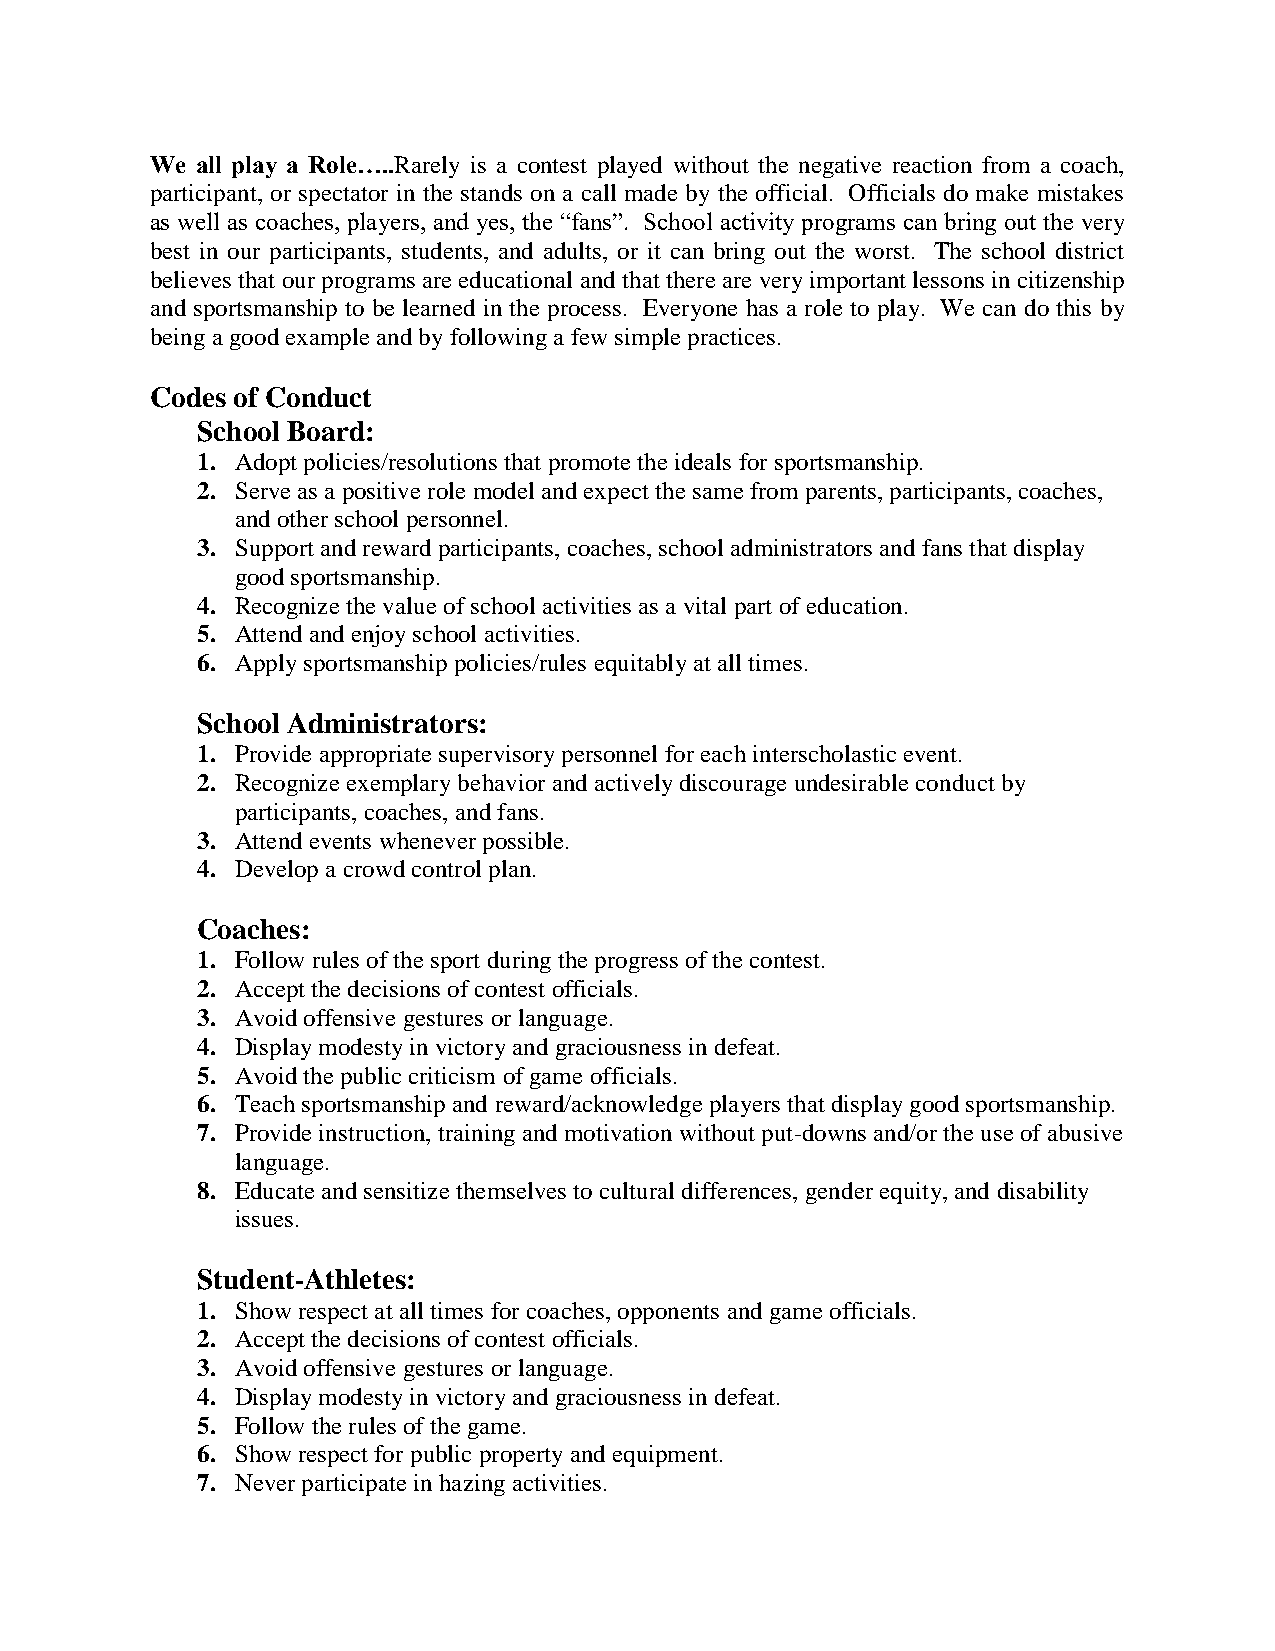
We all play a Role…..Rarely is a contest played without the negative reaction from a coach,
 participant, or spectator in the stands on a call made by the official. Officials do make mistakes
 as well as coaches, players, and yes, the “fans”. School activity programs can bring out the very
 best in our participants, students, and adults, or it can bring out the worst. The school district
 believes that our programs are educational and that there are very important lessons in citizenship
 and sportsmanship to be learned in the process. Everyone has a role to play. We can do this by
 being a good example and by following a few simple practices.
 Codes of Conduct
 School Board:
 1. Adopt policies/resolutions that promote the ideals for sportsmanship.
 2. Serve as a positive role model and expect the same from parents, participants, coaches,
 and other school personnel.
 3. Support and reward participants, coaches, school administrators and fans that display
 good sportsmanship.
 4. Recognize the value of school activities as a vital part of education.
 5. Attend and enjoy school activities.
 6. Apply sportsmanship policies/rules equitably at all times.
 School Administrators:
 1. Provide appropriate supervisory personnel for each interscholastic event.
 2. Recognize exemplary behavior and actively discourage undesirable conduct by
 participants, coaches, and fans.
 3. Attend events whenever possible.
 4. Develop a crowd control plan.
 Coaches:
 1. Follow rules of the sport during the progress of the contest.
 2. Accept the decisions of contest officials.
 3. Avoid offensive gestures or language.
 4. Display modesty in victory and graciousness in defeat.
 5. Avoid the public criticism of game officials.
 6. Teach sportsmanship and reward/acknowledge players that display good sportsmanship.
 7. Provide instruction, training and motivation without put-downs and/or the use of abusive
 language.
 8. Educate and sensitize themselves to cultural differences, gender equity, and disability
 issues.
 Student-Athletes:
 1. Show respect at all times for coaches, opponents and game officials.
 2. Accept the decisions of contest officials.
 3. Avoid offensive gestures or language.
 4. Display modesty in victory and graciousness in defeat.
 5. Follow the rules of the game.
 6. Show respect for public property and equipment.
 7. Never participate in hazing activities.